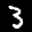
Label: 3